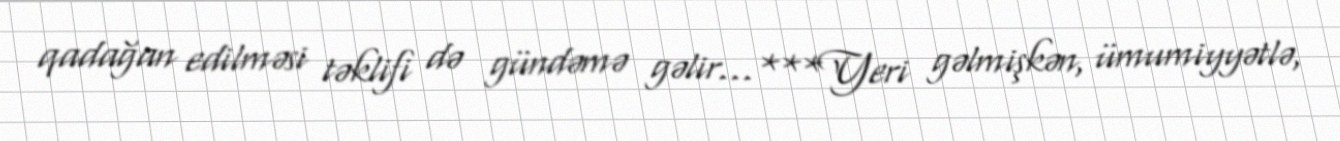
qadağan edilməsi təklifi də gündəmə gəlir...***Yeri gəlmişkən, ümumiyyətlə,